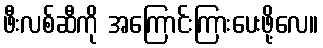
ဖီးလစ်ဆီကို အကြောင်းကြားပေးဖို့လေ။